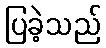
ပြခဲ့သည်